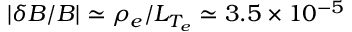
| \delta B / B | \simeq \rho _ { e } / L _ { T _ { e } } \simeq 3 . 5 \times 1 0 ^ { - 5 }